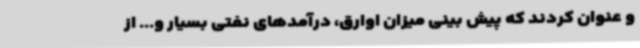
و عنوان کردند که پیش بینی میزان اوارق، درآمدهای نفتی بسیار و... از